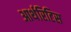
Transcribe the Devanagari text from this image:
आर्थरिटिस